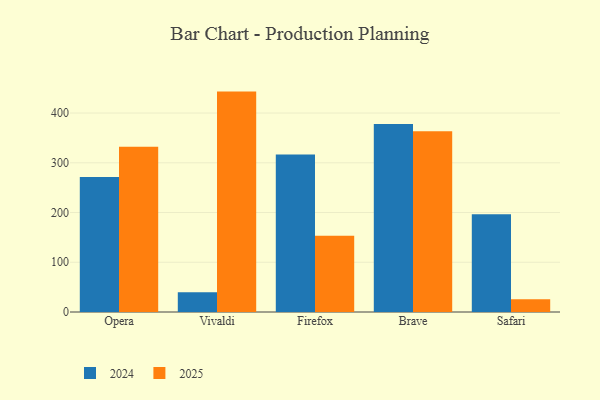
{"axis": {"x": "Browser", "y": "Revenue (USD Million)"}, "legend": ["2024", "2025"], "data": [{"x": "Opera", "y": 271.6, "type": "2024"}, {"x": "Opera", "y": 332.3, "type": "2025"}, {"x": "Vivaldi", "y": 39.8, "type": "2024"}, {"x": "Vivaldi", "y": 443.1, "type": "2025"}, {"x": "Firefox", "y": 316.6, "type": "2024"}, {"x": "Firefox", "y": 153.3, "type": "2025"}, {"x": "Brave", "y": 378.1, "type": "2024"}, {"x": "Brave", "y": 363.6, "type": "2025"}, {"x": "Safari", "y": 196.4, "type": "2024"}, {"x": "Safari", "y": 25.8, "type": "2025"}]}